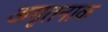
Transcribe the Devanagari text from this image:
अमृतनाक